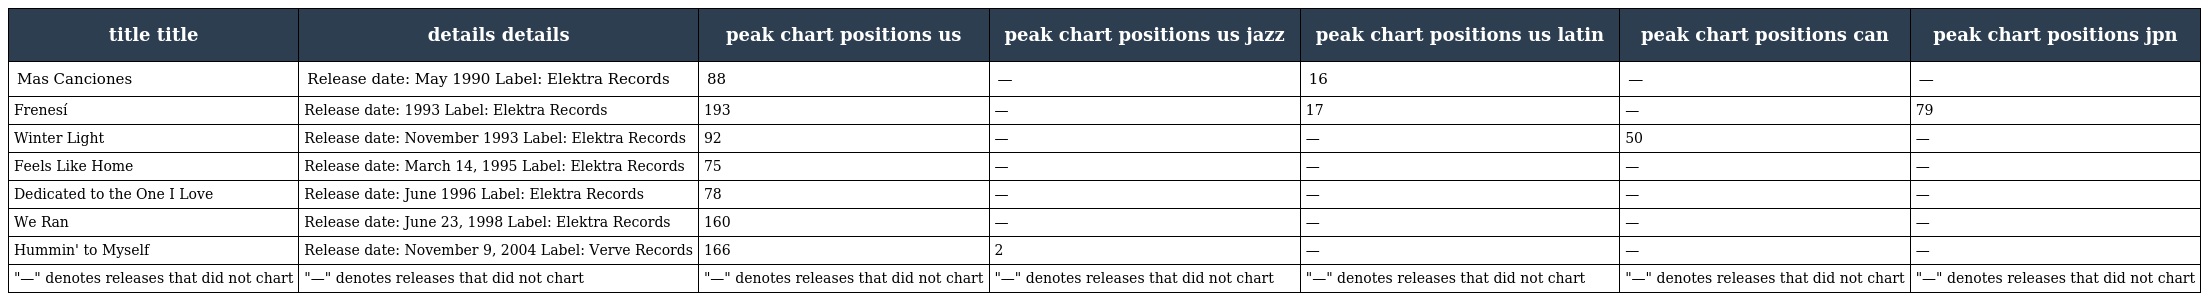
| title title | details details | peak chart positions us | peak chart positions us jazz | peak chart positions us latin | peak chart positions can | peak chart positions jpn |
 | --- | --- | --- | --- | --- | --- | --- |
 | Mas Canciones | Release date: May 1990 Label: Elektra Records | 88 | — | 16 | — | — |
 | Frenesí | Release date: 1993 Label: Elektra Records | 193 | — | 17 | — | 79 |
 | Winter Light | Release date: November 1993 Label: Elektra Records | 92 | — | — | 50 | — |
 | Feels Like Home | Release date: March 14, 1995 Label: Elektra Records | 75 | — | — | — | — |
 | Dedicated to the One I Love | Release date: June 1996 Label: Elektra Records | 78 | — | — | — | — |
 | We Ran | Release date: June 23, 1998 Label: Elektra Records | 160 | — | — | — | — |
 | Hummin' to Myself | Release date: November 9, 2004 Label: Verve Records | 166 | 2 | — | — | — |
 | "—" denotes releases that did not chart | "—" denotes releases that did not chart | "—" denotes releases that did not chart | "—" denotes releases that did not chart | "—" denotes releases that did not chart | "—" denotes releases that did not chart | "—" denotes releases that did not chart |